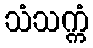
သံသက္ကံ